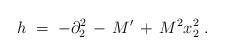
\begin{align*}h\;=\;-\partial_2^2\,-\, M'\,+\,M^2 x_2^2\;.\end{align*}